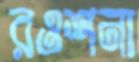
রওশনা